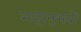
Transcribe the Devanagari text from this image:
महानुभवों